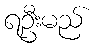
ရဦးမည်